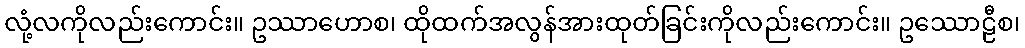
လုံ့လကိုလည်းကောင်း။ ဥဿာဟောစ၊ ထိုထက်အလွန်အားထုတ်ခြင်းကိုလည်းကောင်း။ ဥဿောဠီစ၊